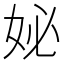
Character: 妼